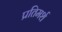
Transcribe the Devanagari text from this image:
प्रतिमर्श